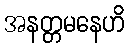
အနတ္တမနေဟိ